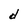
Character: d